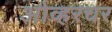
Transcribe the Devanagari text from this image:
ओव्हरचर